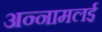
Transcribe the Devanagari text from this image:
अन्‍नामलई